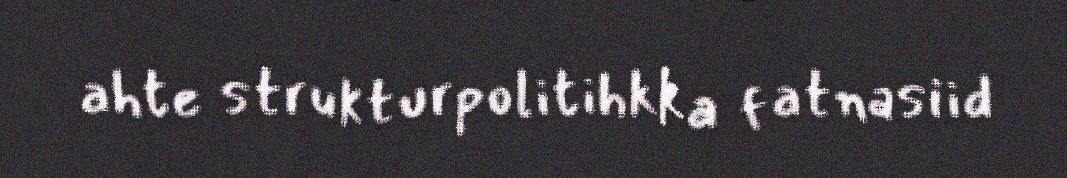
ahte strukturpolitihkka fatnasiid